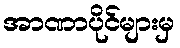
အာဏာပိုင်များမှ